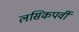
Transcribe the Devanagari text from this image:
लसिकपर्वी